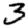
Digit: 3